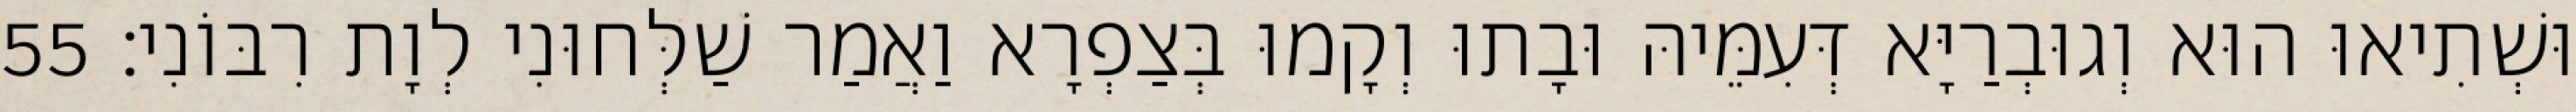
וּשְׁתִיאוּ הוּא וְגוּבְרַיָּא דְּעִמֵּיהּ וּבָתוּ וְקָמוּ בְּצַפְרָא וַאֲמַר שַׁלְּחוּנִי לְוָת רִבּוֹנִי׃ 55